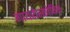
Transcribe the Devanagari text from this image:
गायरोस्कोपिक